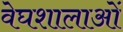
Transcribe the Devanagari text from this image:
वेघशालाओं